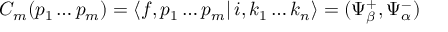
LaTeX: C _ { m } ( p _ { 1 } \ldots p _ { m } ) = \left\langle f , p _ { 1 } \ldots p _ { m } \right| i , k _ { 1 } \ldots k _ { n } \rangle = ( \Psi _ { \beta } ^ { + } , \Psi _ { \alpha } ^ { - } )